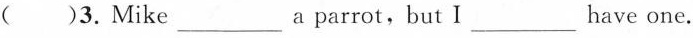
( )3.Mike ___ a parrot,but I ___ have one.